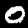
Digit: 0